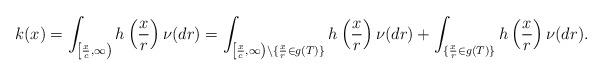
LaTeX: \begin{align*}k(x)=\int_{\left[\frac{x}{c},\infty\right)}h\left(\frac{x}{r}\right)\nu(dr)=\int_{\left[\frac{x}{c},\infty\right)\setminus \{\frac{x}{r}\in g(T)\}}h\left(\frac{x}{r}\right)\nu(dr)+\int_{ \{\frac{x}{r}\in g(T)\}}h\left(\frac{x}{r}\right)\nu(dr).\end{align*}